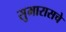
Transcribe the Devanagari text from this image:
सुमारासचे